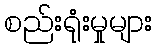
စည်းရုံးမှုများ